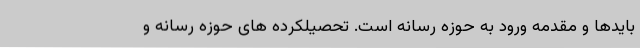
بایدها و مقدمه ورود به حوزه رسانه است. تحصیلکرده های حوزه رسانه و